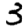
Digit: 3